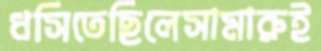
ধসিতেছিলেসামারুই